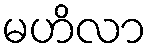
မဟိလာ